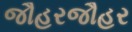
જૌહરજૌહર